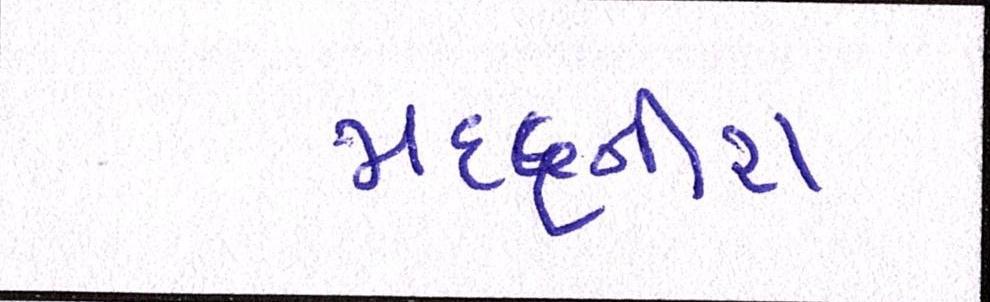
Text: મદદનીશ